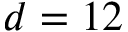
d = 1 2